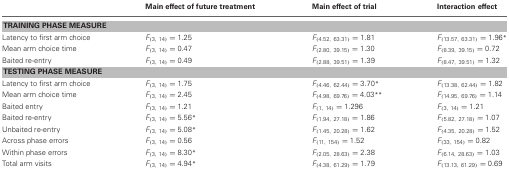
<table><thead><tr><td></td><td><b>Main effect of future treatment</b></td><td><b>Main effect of trial</b></td><td><b>Interaction effect</b></td></tr></thead><tbody><tr><td colspan="4"><b>TRAINING PHASE MEASURE</b></td></tr><tr><td>Latency to first arm choice</td><td><i>F</i><sub>(3, 14)</sub> = 1.25</td><td><i>F</i><sub>(4.52, 63.31)</sub> = 1.81</td><td><i>F</i><sub>(13.57, 63.31)</sub> = 1.96<sup>*</sup></td></tr><tr><td>Mean arm choice time</td><td><i>F</i><sub>(3, 14)</sub> = 0.47</td><td><i>F</i><sub>(2.80, 39.15)</sub> = 1.30</td><td><i>F</i><sub>(8.39, 39.15)</sub> = 0.72</td></tr><tr><td>Baited re-entry</td><td><i>F</i><sub>(3, 14)</sub> = 0.49</td><td><i>F</i><sub>(2.88, 39.51)</sub> = 1.39</td><td><i>F</i><sub>(8.47, 39.51)</sub> = 1.32</td></tr><tr><td colspan="4"><b>TESTING PHASE MEASURE</b></td></tr><tr><td>Latency to first arm choice</td><td><i>F</i><sub>(3, 14)</sub> = 1.75</td><td><i>F</i><sub>(4.46, 62.44)</sub> = 3.70<sup>*</sup></td><td><i>F</i><sub>(13.38, 62.44)</sub> = 1.82</td></tr><tr><td>Mean arm choice time</td><td><i>F</i><sub>(3, 14)</sub> = 2.45</td><td><i>F</i><sub>(4.98, 69.76)</sub> = 4.03<sup>**</sup></td><td><i>F</i><sub>(14.95, 69.76)</sub> = 1.14</td></tr><tr><td>Baited entry</td><td><i>F</i><sub>(3, 14)</sub> = 1.21</td><td><i>F</i><sub>(1, 14)</sub> = 1.296</td><td><i>F</i><sub>(3, 14)</sub> = 1.21</td></tr><tr><td>Baited re-entry</td><td><i>F</i><sub>(3, 14)</sub> = 5.56<sup>*</sup></td><td><i>F</i><sub>(1.94, 27.18)</sub> = 1.86</td><td><i>F</i><sub>(5.82, 27.18)</sub> = 1.07</td></tr><tr><td>Unbaited re-entry</td><td><i>F</i><sub>(3, 14)</sub> = 5.08<sup>*</sup></td><td><i>F</i><sub>(1.45, 20.28)</sub> = 1.62</td><td><i>F</i><sub>(4.35, 20.28)</sub> = 1.52</td></tr><tr><td>Across phase errors</td><td><i>F</i><sub>(3, 14)</sub> = 0.56</td><td><i>F</i><sub>(11, 154)</sub> = 1.52</td><td><i>F</i><sub>(33, 154)</sub> = 0.82</td></tr><tr><td>Within phase errors</td><td><i>F</i><sub>(3, 14)</sub> = 8.30<sup>*</sup></td><td><i>F</i><sub>(2.05, 28.63)</sub> = 2.38</td><td><i>F</i><sub>(6.14, 28.63)</sub> = 1.03</td></tr><tr><td>Total arm visits</td><td><i>F</i><sub>(3, 14)</sub> = 4.94<sup>*</sup></td><td><i>F</i><sub>(4.38, 61.29)</sub> = 1.79</td><td><i>F</i><sub>(13.13, 61.29)</sub> = 0.69</td></tr></tbody></table>